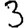
Digit: 3